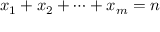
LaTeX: x _ { 1 } + x _ { 2 } + \cdots + x _ { m } = n